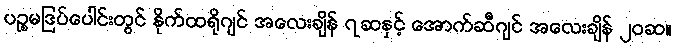
ပဉ္စမဒြပ်ပေါင်းတွင် နိုက်ထရိုဂျင် အလေးချိန် ၇ဆနှင့် အောက်ဆီဂျင် အလေးချိန် ၂၀ဆ။